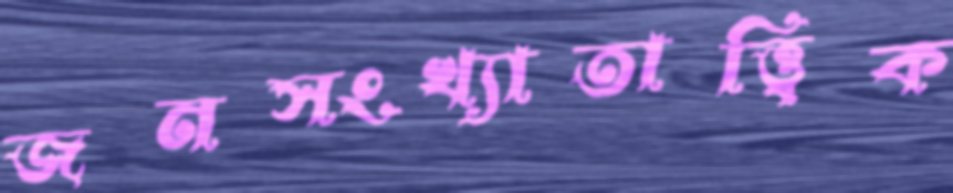
জনসংখ্যাতাত্ত্বিক